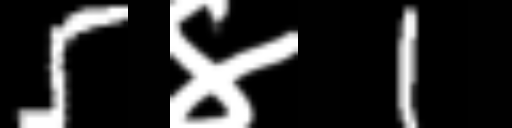
Text: 5४1